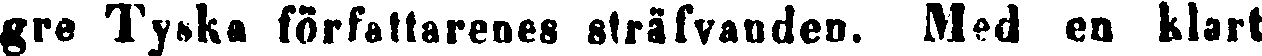
gre Tyska författarenes sträfvanden. Med en klart